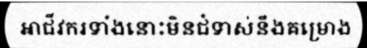
អាជីវករទាំងនោះមិនជំទាស់នឹងគម្រោង